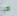
هيا